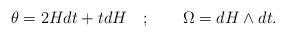
LaTeX: \begin{align*}\theta =2Hdt+tdH\quad ;\qquad \Omega =dH\wedge dt.\end{align*}